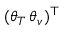
( \boldsymbol { \theta } _ { T } \, \boldsymbol { \theta } _ { v } ) ^ { \top }